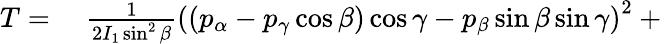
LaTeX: \begin{array}{rl}{T={}}&{{}{\frac{1}{2I_{1}\sin^{2}\beta}}\left((p_{\alpha}-p_{\gamma}\cos\beta)\cos\gamma-p_{\beta}\sin\beta\sin\gamma\right)^{2}+{}}\end{array}